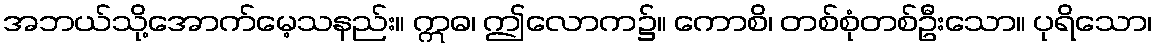
အဘယ်သို့အောက်မေ့သနည်း။ ဣဓ၊ ဤလောက၌။ ကောစိ၊ တစ်စုံတစ်ဦးသော။ ပုရိသော၊